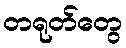
တရုတ်တွေ